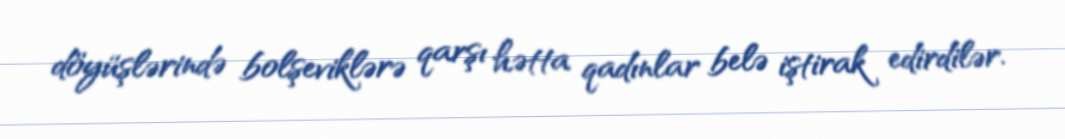
döyüşlərində bolşeviklərə qarşı hətta qadınlar belə iştirak edirdilər.